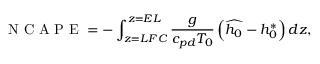
\mathrm { ~ N ~ C ~ A ~ P ~ E ~ } = - \int _ { z = L F C } ^ { z = E L } \frac { g } { c _ { p d } T _ { 0 } } \left( \widehat { h _ { 0 } } - h _ { 0 } ^ { * } \right) d z ,